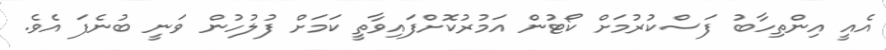
އެއީ އިންތިހާބު ފަސްކުރުމަށް ކޯޓުން އަމުރުކޮށްފައިވާތީ ކަމަށް ފުލުހުން ވަނީ ބުނެފަ އެވެ.